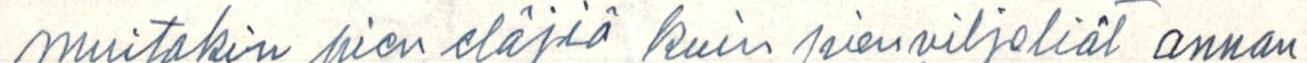
muitakin pien eläjiä kuin pienviljeliät annan